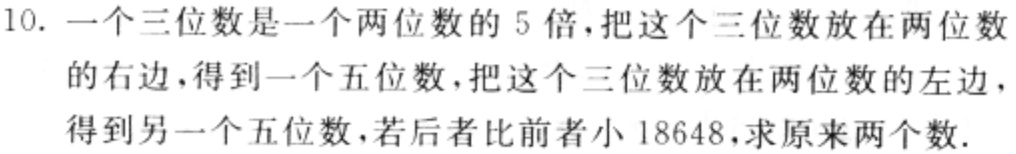
10. 一个三位数是一个两位数的 5 倍，把这个三位数放在两位数的右边，得到一个五位数，把这个三位数放在两位数的左边，得到另一个五位数，若后者比前者小 18648，求原来两个数.